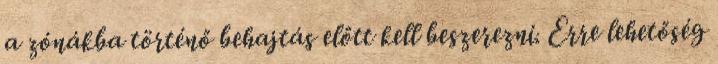
a zónákba történő behajtás előtt kell beszerezni. Erre lehetőség